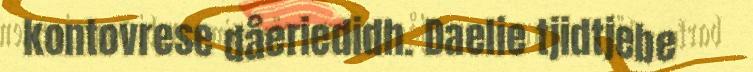
kontovrese dåeriedidh. Daelie tjidtjebe